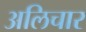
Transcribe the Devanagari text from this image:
अलिचार